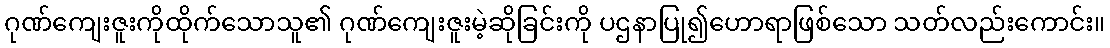
ဂုဏ်ကျေးဇူးကိုထိုက်သောသူ၏ ဂုဏ်ကျေးဇူးမဲ့ဆိုခြင်းကို ပဌနာပြု၍ဟောရာဖြစ်သော သတ်လည်းကောင်း။